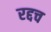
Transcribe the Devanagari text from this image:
रद्दच